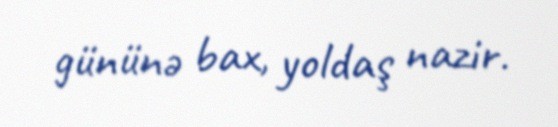
gününə bax, yoldaş nazir.